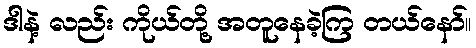
ဒါနဲ့ လည်း ကိုယ်တို့ အတူနေခဲ့ကြ တယ်နော်။